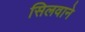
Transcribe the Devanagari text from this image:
सिलवाने